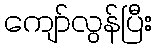
ကျော်လွန်ပြီး